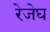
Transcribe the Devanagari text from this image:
रेजेघ